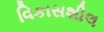
વિકાસશીલ